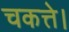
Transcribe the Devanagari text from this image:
चकत्ते।